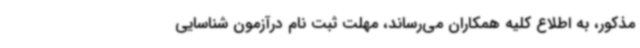
مذکور، به اطلاع کلیه همکاران می‌رساند، مهلت ثبت نام درآزمون شناسایی